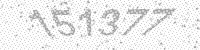
Solution: 151377